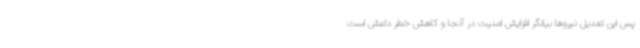
پس این تعدیل نیروها بیانگر افزایش امنیت در آنجا و کاهش خطر داعش است